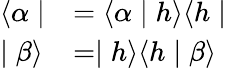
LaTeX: \begin{array}{ll}{{\langle\alpha\mid}}&{{=\langle\alpha\mid h\rangle\langle h\mid}}\\ {{\mid\beta\rangle}}&{{=\mid h\rangle\langle h\mid\beta\rangle}}\end{array}